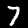
Label: 7